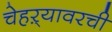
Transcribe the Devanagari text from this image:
चेहऱ्यावरची